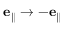
{ \bf e } _ { \parallel } \rightarrow - { \bf e } _ { \parallel }